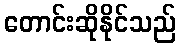
တောင်းဆိုနိုင်သည်